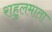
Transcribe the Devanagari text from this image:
राहुलमाता